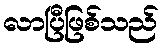
လာပြီဖြစ်သည်